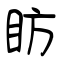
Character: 眆